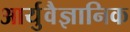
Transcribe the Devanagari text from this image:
आर्युवैज्ञानिक